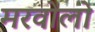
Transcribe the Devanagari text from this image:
मरवोलो